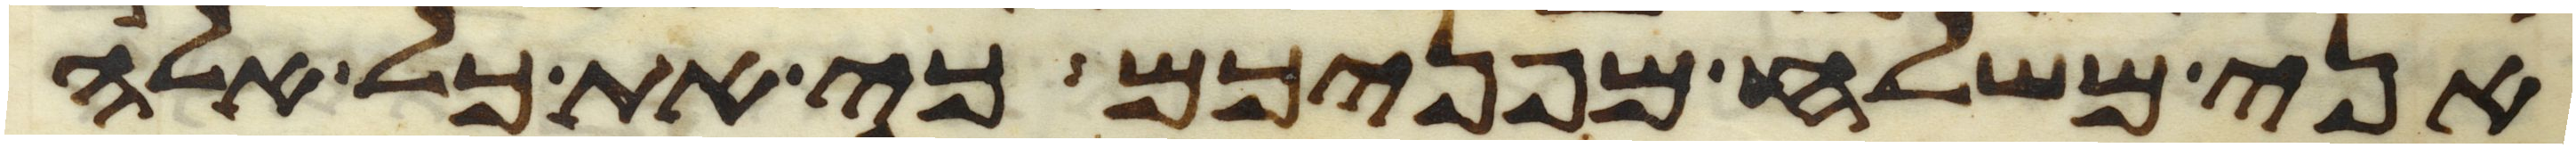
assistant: אני משלח מפניכם כי את כל אלה